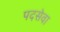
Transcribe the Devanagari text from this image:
पदसेवा